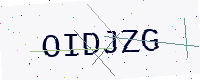
Text: OIDJZG